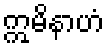
ဣမိနာဟံ